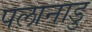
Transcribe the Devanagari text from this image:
पलानाडु